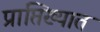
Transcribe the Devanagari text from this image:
प्राप्तिख्यात